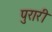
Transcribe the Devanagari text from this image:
पुरारी